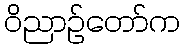
ဝိညာဉ်တော်က